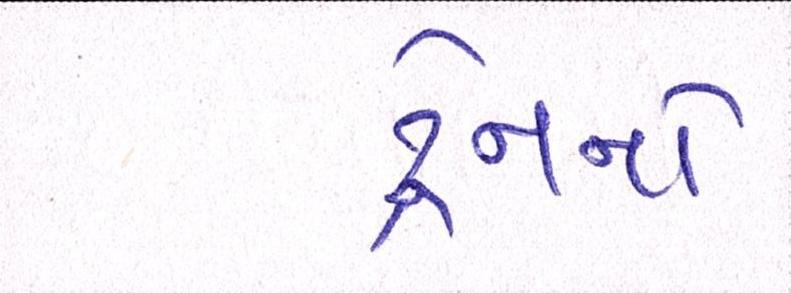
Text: ટ્રેનનો